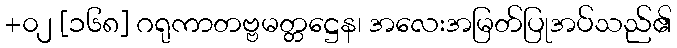
+၀၂ [၁၆၈] ဂရုကာတဗ္ဗမတ္တဋ္ဌေန၊ အလေးအမြတ်ပြုအပ်သည်၏